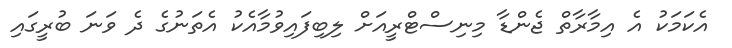
އެކަމަކު އެ އިމާރާތް ޖެންޑާ މިނިސްޓްރީއަށް ލިބިފައިވުމާއެކު އެތަނުގެ ދެ ވަނަ ބުރީގައި